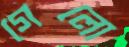
গেলো